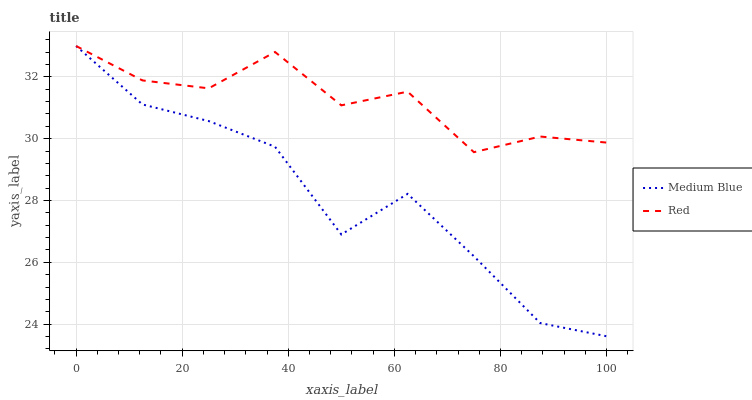
| xaxis_label | Medium Blue | Red |
 | --- | --- | --- |
 | 0 | 33 | 33 |
 | 12.5 | 31.1 | 31.9 |
 | 25 | 30.6 | 31.6 |
 | 37.5 | 29.7 | 32.8 |
 | 50 | 26.9 | 31.1 |
 | 62.5 | 28.2 | 31.5 |
 | 75 | 26.2 | 29.6 |
 | 87.5 | 24 | 30.1 |
 | 100 | 23.6 | 29.9 |